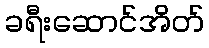
ခရီးဆောင်အိတ်